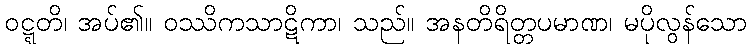
ဝဋ္ဋတိ၊ အပ်၏။ ဝဿိကသာဋိကာ၊ သည်။ အနတိရိတ္တပမာဏ၊ မပိုလွန်သော